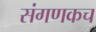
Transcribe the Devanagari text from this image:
संगणकच